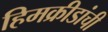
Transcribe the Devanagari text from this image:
हिमक्रीडांची